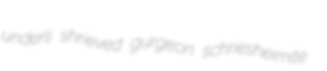
underli shrieved gurgeon schriesheimite